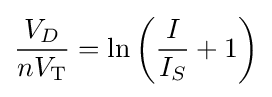
{\frac {V_{D}}{nV_{\text{T}}}}=\ln \left({\frac {I}{I_{S}}}+1\right)